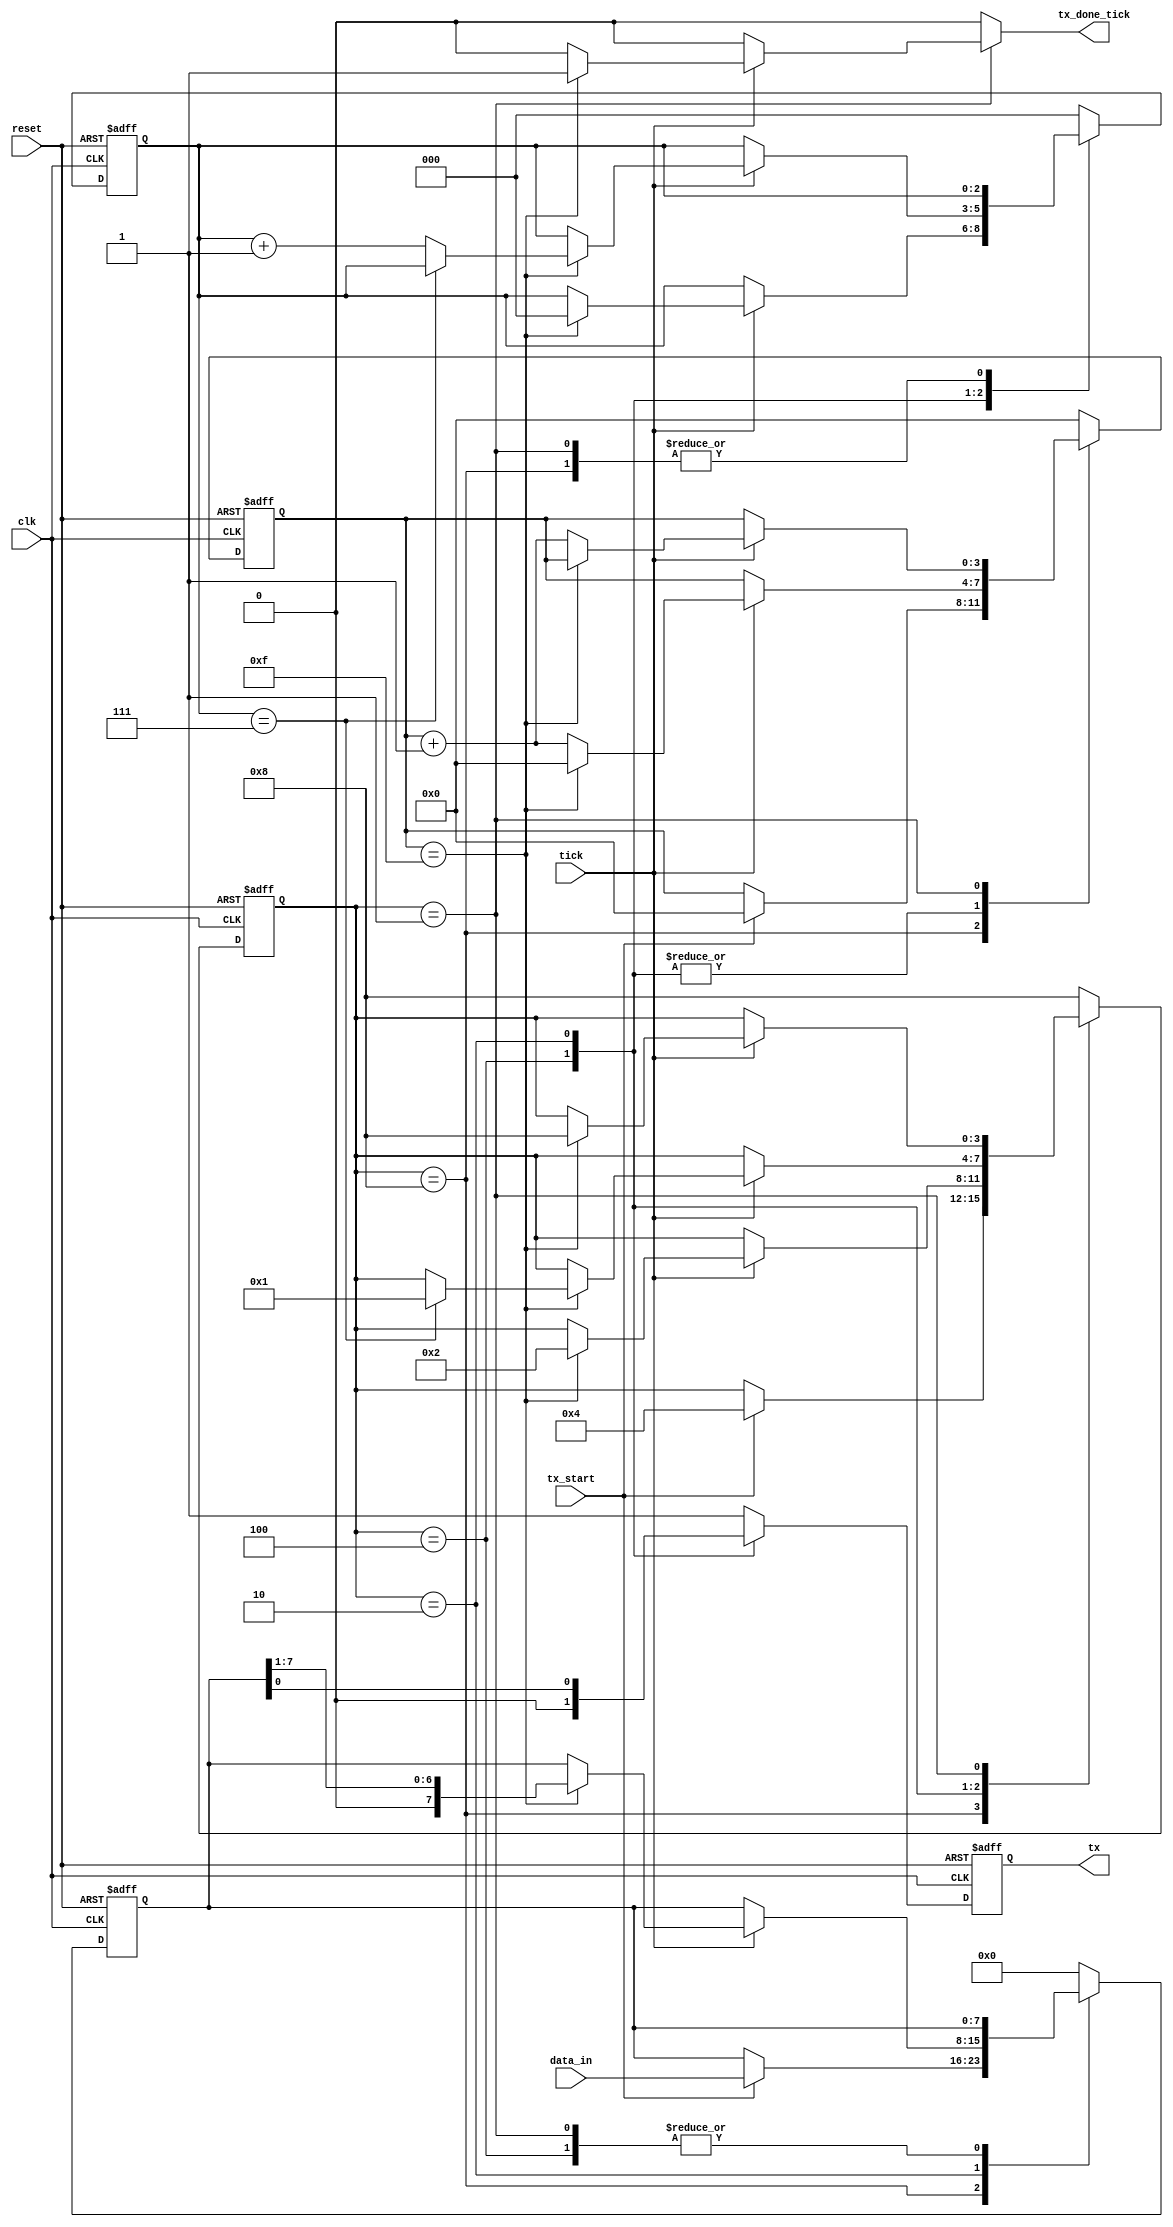
`timescale 1ns / 1ps
//////////////////////////////////////////////////////////////////////////////////
// Company: 
// Engineer: 
// 
// Design Name: 
// Module Name: receiver
// Project Name: 
// Target Devices: 
// Tool Versions: 
// Description: 
// 
// Dependencies: 
// 
// Revision:
// Revision 0.01 - File Created
// Additional Comments:
// 
//////////////////////////////////////////////////////////////////////////////////


`define NBITS 8

module transmisor
(
	// input
	clk,
	reset,
	tx_start,
	tick,
	data_in,

	// output
	tx_done_tick,
	tx
);

parameter NBITS = `NBITS;
parameter LEN_DATA_COUNTER = $clog2(NBITS); 
parameter NUM_TICKS = 16;
parameter LEN_NUM_TICKS_COUNTER = $clog2(NUM_TICKS); 


input clk;
input reset;
input tx_start;
input tick;
input [NBITS-1:0] data_in;

output reg tx_done_tick;
output tx;

// Declaracion de estados
localparam [3:0] IDLE 	= 4'b 1000;
localparam [3:0] START 	= 4'b 0100;
localparam [3:0] DATA	= 4'b 0010;
localparam [3:0] STOP 	= 4'b 0001;

// declaracion de registros auxiliares
reg [3:0] state_reg, state_next;
reg [LEN_NUM_TICKS_COUNTER-1:0] acc_tick, acc_tick_next;
reg [LEN_DATA_COUNTER-1:0] num_bits, num_bits_next;
reg [NBITS-1:0] buffer, buffer_next;
reg tx_reg, tx_next;

assign tx = tx_reg;

// parte sincrona con el clock
always @(posedge clk, posedge reset)
begin
	if(reset)
		begin
			state_reg <= IDLE;
			acc_tick <= 0;
			num_bits <= 0;
			buffer <= 0;
			tx_reg <= 1'b1;	
		end
	else 
		begin
			state_reg <= state_next;
			acc_tick <= acc_tick_next;
			num_bits <= num_bits_next;
			buffer <= buffer_next;
			tx_reg <= tx_next;
		end
end

always @*
begin
	state_next = state_reg;
	tx_done_tick = 1'b0;
	acc_tick_next = acc_tick;
	num_bits_next = num_bits;
	buffer_next = buffer;
	tx_next = tx_reg;

	case (state_reg)
		IDLE:
			begin
				tx_next = 1'b1;
				if (tx_start) 
				begin
					state_next = START;
					acc_tick_next = 0;
					buffer_next = data_in;	
				end
			end
		START:
			begin
				tx_next = 1'b0;
				if(tick)
					if(acc_tick == NUM_TICKS-1)
					begin
						state_next = DATA;
						acc_tick_next = 0;
						num_bits_next = 0;
					end
					else 
					begin
						acc_tick_next = acc_tick + 1;	
					end
			end
		DATA:
			begin
				tx_next = buffer[0];
				if(tick)
				begin
					if(acc_tick == NUM_TICKS-1)
					begin
						acc_tick_next = 0;
						buffer_next = buffer >> 1;
						if(num_bits == (NBITS - 1))
						begin
							state_next = STOP;
						end
						else 
						begin
							num_bits_next = num_bits + 1;	
						end
					end
					else 
					begin
						acc_tick_next = acc_tick + 1;	
					end
				end
			end
		STOP:
			begin
				tx_next = 1'b1;
				if (tick)
				begin
					if(acc_tick == (NUM_TICKS - 1))
					begin
						state_next = IDLE;
						tx_done_tick = 1'b1;
					end
					else 
					begin
						acc_tick_next = acc_tick + 1;	
					end
				end
			end

        default:
            begin
				state_next = IDLE; 
				acc_tick_next = 0; 
				num_bits_next = 0; 
				buffer_next = 0;
				tx_next = 1'b1;
			end
	endcase
end
endmodule